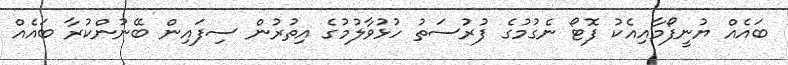
ބައެއް ޔުނީފޯމާއިއެކު ފޮޓޯ ނެގުމުގެ ފުރުސަތު ހުޅުވާލުމުގެ އިތުރުން ސިފައިން ބޭނުންކުރާ ބައެއް